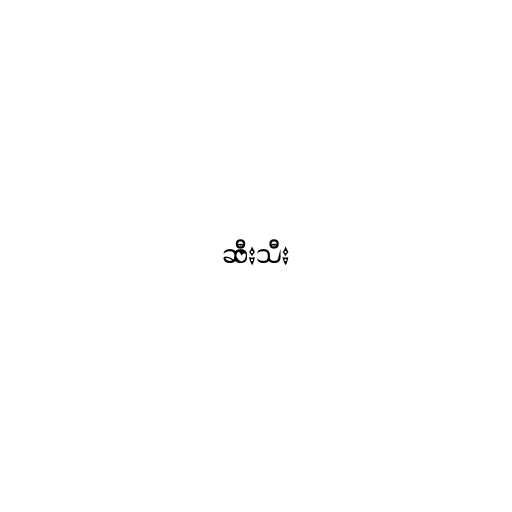
ဆီးသီး